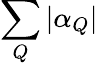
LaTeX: \sum_{Q}\left|\alpha_{Q}\right|